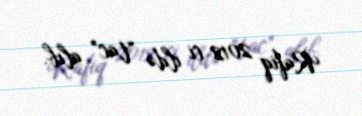
Rafiq 2012-ci ildə “tac” alıb.